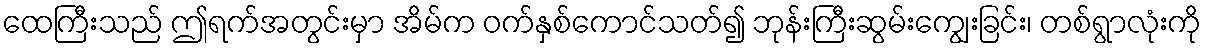
ထေကြီးသည် ဤရက်အတွင်းမှာ အိမ်က ဝက်နှစ်ကောင်သတ်၍ ဘုန်းကြီးဆွမ်းကျွေးခြင်း၊ တစ်ရွာလုံးကို